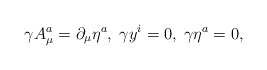
\begin{align*}\gamma A_{\mu }^{a}=\partial _{\mu }\eta ^{a},\;\gamma y^{i}=0,\;\gamma \eta^{a}=0, \end{align*}